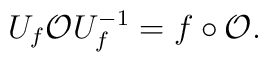
U_{f} \mathcal{O} U_{f}^{-1} = f \circ \mathcal{O}.